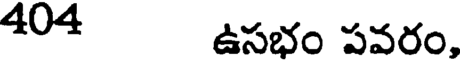
404 ఉసభం పవరం,